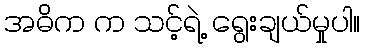
အဓိက က သင့်ရဲ့ ရွေးချယ်မှုပါ။